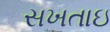
સખતાઇ